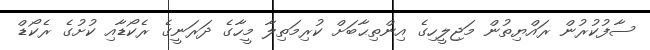
ސާފުކުރުން ރައްޔިތުން މަޖިލީހިގެ އިންތިޙާބަށް ކުރިމަތިލާ މީހާގެ ދަރަނީގެ ރެކޯޑާއި ކުށުގެ ރެކޯޑް